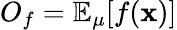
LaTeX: O_{f}=\mathbb{E}_{\mu}[f(\mathbf{x})]